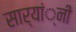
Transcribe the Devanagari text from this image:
सार्यां्नी